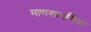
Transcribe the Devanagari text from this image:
माणसागणिक